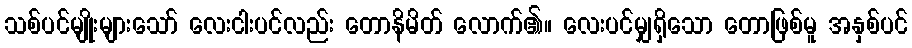
သစ်ပင်မျိုးများသော် လေးငါးပင်လည်း တောနိမိတ် လောက်၏။ လေးပင်မျှရှိသော တောဖြစ်မူ အနှစ်ပင်